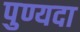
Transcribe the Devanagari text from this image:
पुण्यदा